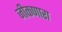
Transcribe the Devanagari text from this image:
जीकणारा